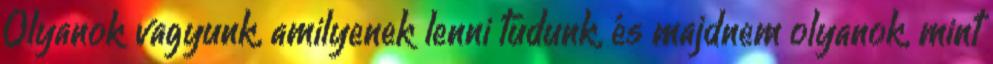
Olyanok vagyunk, amilyenek lenni tudunk, és majdnem olyanok, mint